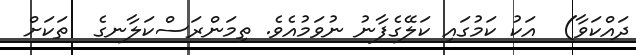
ދައްކަވާ)  އަކު ކަމުގައި ކަލޭގެފާނު ނުވަމުއެވެ. ތިމަންރަސްކަލާނގެ  ތަކަށް